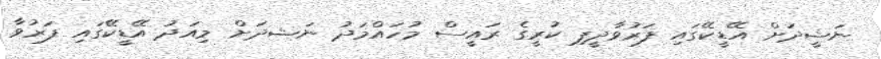
ނަޝީދަށް އޭޑީކޭގައި ފަރުވާދީފި ކުރީގެ ރައީސް މުހައްމަދު ނަޝދަށް މިއަދު އޭޑީކޭގައި ފަރުވާ